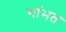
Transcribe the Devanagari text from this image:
गांभत